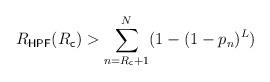
LaTeX: \begin{align*}R_{\mathsf{HPF}}(R_{\mathsf{c}}) &> \sum_{n=R_{\mathsf{c}}+1}^N (1-(1-p_n)^{L})\end{align*}